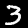
Label: 3